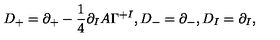
D _ { + } = \partial _ { + } - \frac { 1 } { 4 } \partial _ { I } A \Gamma ^ { + I } , D _ { - } = \partial _ { - } , D _ { I } = \partial _ { I } ,